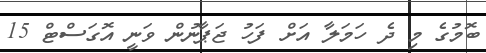
ބޮމުގެ މި ދެ ހަމަލާ އަށް ފަހު ޖަޕާނުން ވަނީ އޮގަސްޓް 15